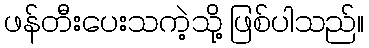
ဖန်တီးပေးသကဲ့သို့ ဖြစ်ပါသည်။